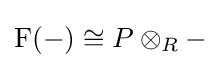
\operatorname {F} (-)\cong P\otimes _{R}-